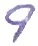
Text: 9